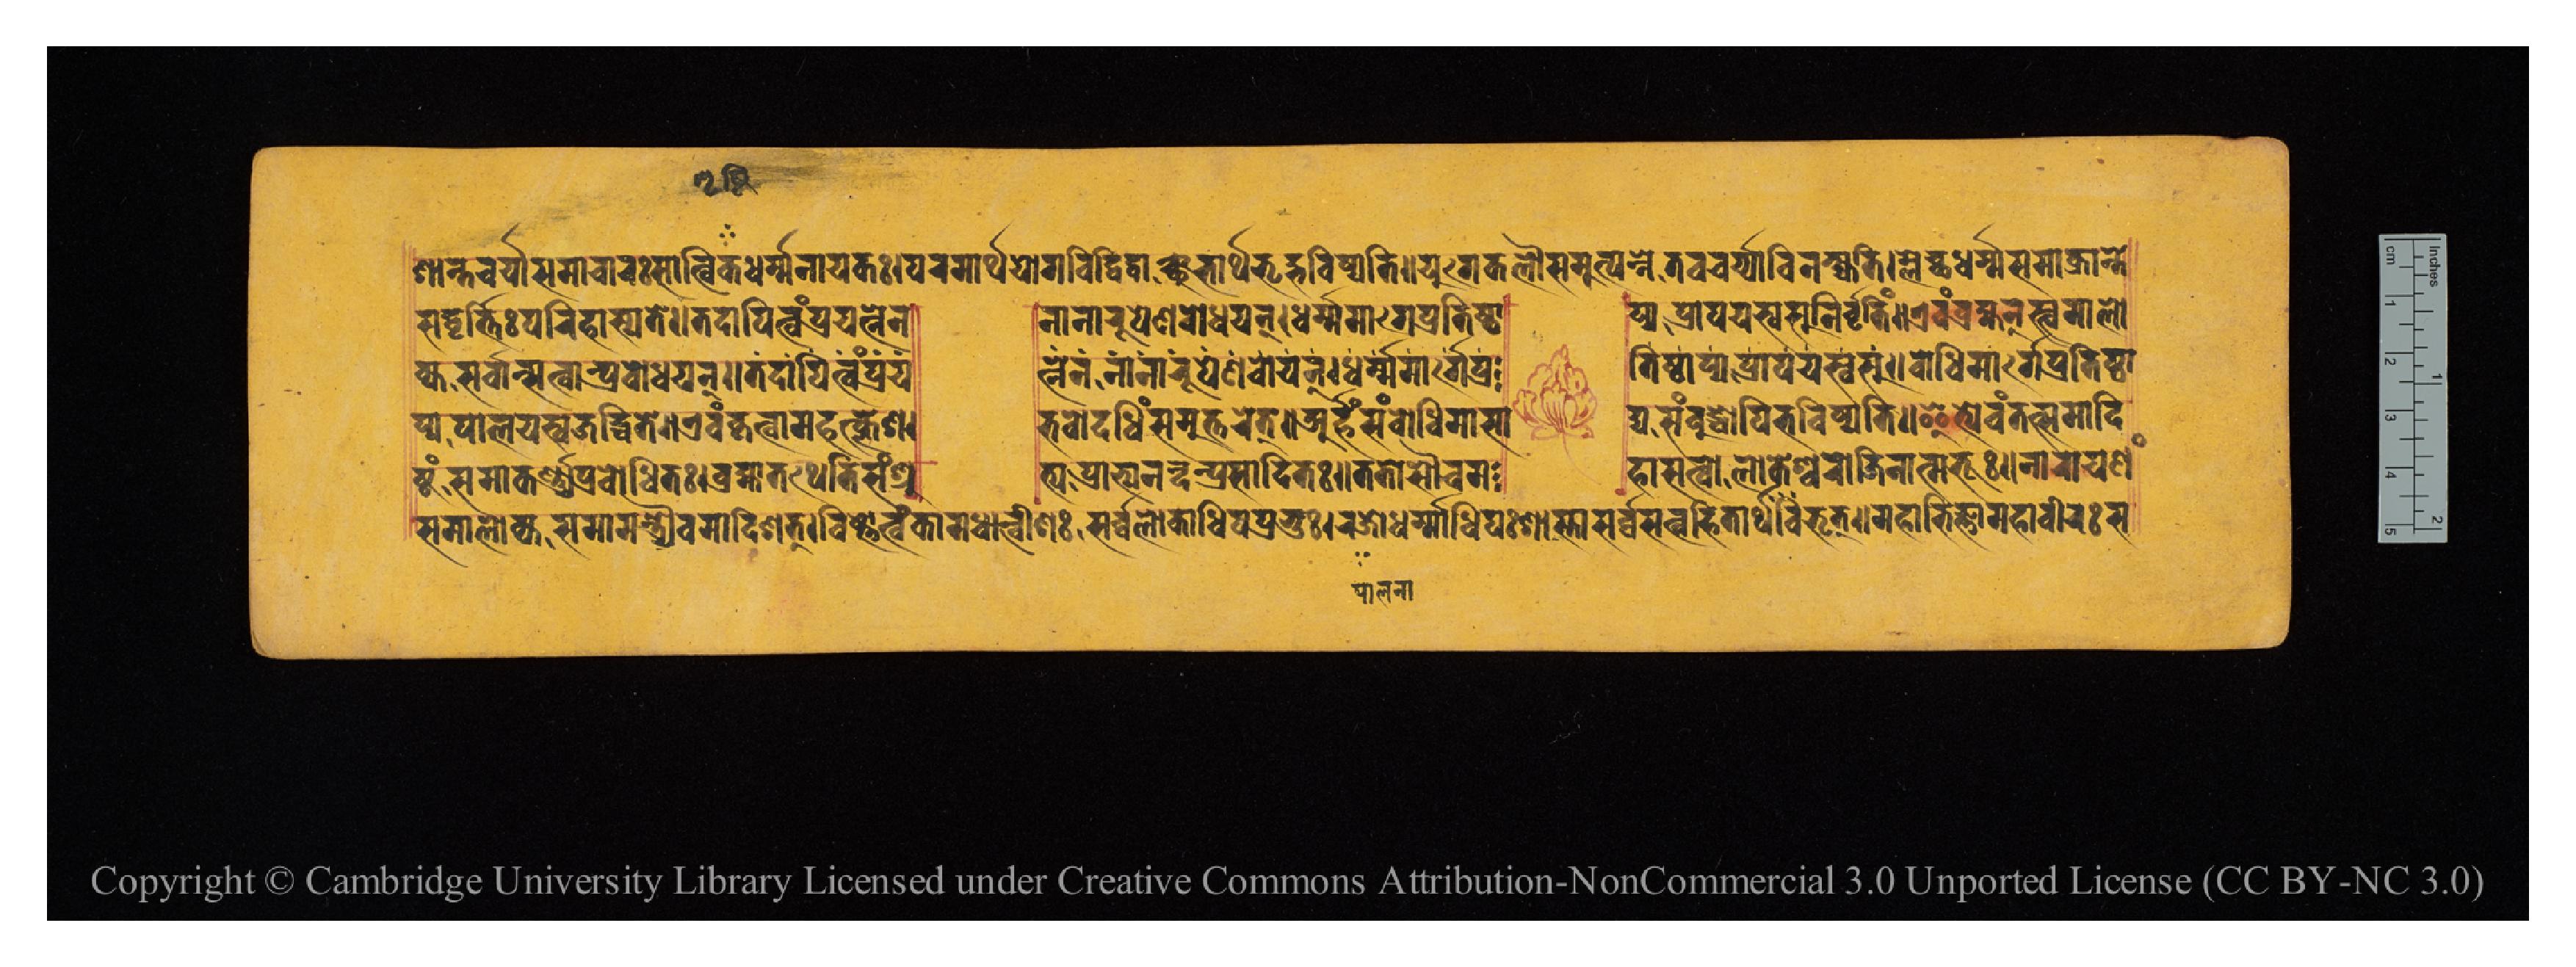
𑐱𑐵𑐣𑑂𑐟𑐔𑐬𑑂𑐫𑐵𑐳𑐩𑐵𑐔𑐵𑐬𑑅𑐳𑐵𑐟𑑂𑐰𑐶𑐎𑐢𑐬𑑂𑐩𑑂𑐩𑐣𑐵𑐫𑐎𑑅𑑋𑐥𑐬𑐩𑐵𑐬𑑂𑐠𑐫𑑀𑐐𑐰𑐶𑐡𑑂𑐰𑐶𑐡𑑂𑐰𑐵𑐣𑑂𑐱𑐸𑐨𑐵𑐬𑑂𑐠𑐨𑐺𑐡𑑂𑐨𑐰𑐶𑐲𑑂𑐫𑐟𑐶𑑌𑐫𑐸𑐐𑐾𑐎𑐮𑑁𑐳𑐩𑐸𑐟𑑂𑐥𑐣𑑂𑐣𑐾𑐟𑐰𑐔𑐬𑑂𑐫𑐵𑐰𑐶𑐣𑐎𑑂𑐲𑑂𑐫𑐟𑐶𑑋𑐩𑑂𑐮𑐾𑐕𑐢𑐬𑑂𑐩𑑂𑐩𑐳𑐩𑐵𑐎𑑂𑐬𑐵𑐣𑑂𑐟𑐾 𑐳𑐡𑑂𑐰𑐺𑐟𑑂𑐟𑐶𑑅𑐥𑐬𑐶𑐴𑐵𑐳𑑂𑐫𑐟𑐾𑑋𑐟𑐡𑐵𑐥𑐶𑐟𑑂𑐰𑑄𑐥𑑂𑐬𑐫𑐟𑑂𑐣𑐾𑐣  𑐣𑐵𑐣𑐵𑐬𑐸𑐥𑐾𑐞𑐧𑑀𑐢𑐫𑐣𑑂𑑋𑐢𑐬𑑂𑐩𑑂𑐩𑐩𑐵𑐬𑑂𑐐𑐾𑐥𑑂𑐬𑐟𑐶𑐲𑑂𑐛𑐵  𑐥𑑂𑐫𑐥𑑂𑐬𑐵𑐥𑐫𑐳𑑂𑐰𑐳𑐸𑐣𑐶𑐬𑑂𑐰𑐺𑐟𑐶𑑄𑑌𑐊𑐰𑑄𑐧𑑂𑐬𑐴𑑂𑐩𑐣𑑂𑐳𑑂𑐟𑑂𑐰𑐩𑐵𑐮𑑀 𑐎𑑂𑐫𑐳𑐬𑑂𑐰𑑂𑐰𑐵𑐣𑑂𑐳𑐟𑑂𑐰𑐵𑐣𑑂𑐥𑑂𑐬𑐧𑑀𑐢𑐫𑐣𑑂𑑌𑐟𑐡𑐵𑐫𑐶𑐟𑑂𑐰𑑄𑐥𑑂𑐬𑐫  𑐟𑑂𑐣𑐾𑐣𑐣𑐵𑐣𑐵𑐬𑐹𑐥𑐾𑐞𑐔𑑀𑐫𑐣𑑂𑑋𑐢𑐬𑑂𑐩𑑂𑐩𑐩𑐵𑐬𑑂𑐐𑐥𑑂𑐬  𑐟𑐶𑐲𑑂𑐛𑐵𑐥𑑂𑐫𑐥𑑂𑐬𑐵𑐥𑐫𑐳𑑂𑐰𑐳𑑂𑑌𑐧𑑀𑐢𑐶𑐩𑐵𑐬𑑂𑐐𑐾𑐥𑑂𑐬𑐟𑐶𑐲𑑂𑐛𑐵 𑐥𑑂𑐫𑐥𑐵𑐮𑐫𑐳𑑂𑐰𑐖𑐐𑐡𑑂𑐢𑐶𑐟𑐾𑑌𑐊𑐰𑑄𑐎𑐺𑐟𑑂𑐰𑐵𑐩𑐴𑐟𑑂𑐎𑑂𑐮𑐾𑐱  𑐨𑐰𑑀𑐡𑐢𑐶𑑄𑐳𑐩𑐸𑐟𑑂𑐟𑐬𑐾𑐟𑑂𑑌𑐀𑐬𑑂𑐴𑐣𑑂𑐳𑑄𑐧𑑀𑐢𑐶𑐩𑐵𑐳𑐵  𑐡𑑂𑐫𑐳𑑄𑐧𑐸𑐡𑑂𑐢𑑀𑐥𑐶𑐨𑐰𑐶𑐲𑑂𑐫𑐟𑐶𑑌𑐂𑐟𑑂𑐫𑐾𑐰𑑄𑐟𑐟𑑂𑐳𑐩𑐵𑐡𑐶 𑐳𑐩𑐵𑐮𑑀𑐎𑑂𑐫𑐳𑐩𑐵𑐩𑐣𑑂𑐟𑑂𑐬𑑂𑐫𑐿𑐰𑐩𑐵𑐡𑐶𑐱𑐟𑑂𑑌𑐰𑐶𑐲𑑂𑐞𑑀𑐟𑑂𑐰𑑄𑐎𑐵𑐩𑐢𑐵𑐟𑑂𑐰𑐷𑐱𑑅𑐳𑐬𑑂𑐰𑑂𑐰𑐮𑑀𑐎𑐵𑐢𑐶𑐥𑑅𑐥𑑂𑐬𑐨𑐸𑑅𑑋𑐬𑐖𑑀𑐢𑐬𑑂𑐩𑐵𑐢𑐶𑐥𑑅𑐱𑐵𑐳𑑂𑐟𑐵𑐳𑐬𑑂𑐰𑑂𑐰𑐳𑐟𑑂𑐰𑐴𑐶𑐟𑐵𑐬𑑂𑐠𑐨𑐺𑐟𑑂𑑌𑐩𑐴𑐵𑐨𑐶𑐖𑑂𑐘𑑀𑐩𑐴𑐵𑐰𑐷𑐬𑑅𑐳 𑐲𑑂𑐚𑑄𑐳𑐩𑐵𑐎𑐬𑑂𑐞𑑂𑐫𑐥𑑂𑐬𑐧𑑀𑐢𑐶𑐟𑑅𑑋𑐧𑑂𑐬𑐴𑑂𑐩𑐵𑐟𑐠𑐾𑐟𑐶𑐳𑑄𑐱𑑂𑐬𑐸  𑐟𑑂𑐫𑐥𑑂𑐬𑐵𑐨𑑂𑐫𑐣𑐣𑑂𑐡𑐟𑑂𑐥𑑂𑐬𑐳𑐵𑐡𑐶𑐟𑑅𑑌𑐟𑐟𑑀𑐳𑑁𑐔𑐩  𑐴𑐵𑐳𑐟𑑂𑐰𑑀𑐮𑑀𑐎𑐾𑐱𑑂𑐰𑐬𑑀𑐖𑐶𑐣𑐵𑐟𑑂𑐩𑐨𑐹𑑅𑑌𑐣𑐵𑐬𑐵𑐫𑐞𑑄